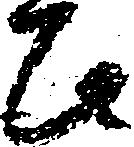
其